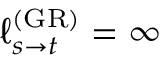
\ell _ { s \rightarrow t } ^ { \mathrm { ( G R ) } } = \infty